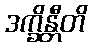
ဒက္ခိန္တီတိ